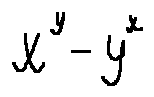
x ^ { y } - y ^ { x }